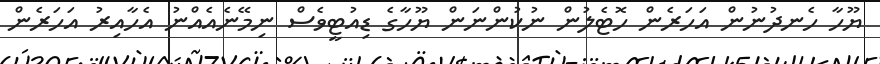
ޔޫހާ ހެނދުނުން އަހަރެން ހޮޓެލުން ނުކުންނަން ޔޫހާގެ ޑިއުޓީވެސް ނިމޭނެއެއްނު އެހާއިރު އަހަރެން